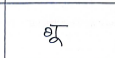
मजकूर: गू